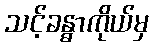
သင့်ခန္ဓာကိုယ်မှ